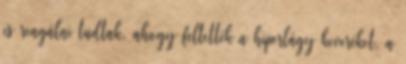
is reagálni tudtak, ahogy feltették a hiperlágy keveréket, a